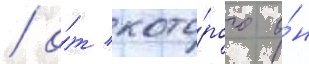
/ о́т кото́рого о́н